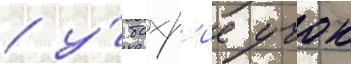
/ у́ бахр'ие учок